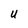
Character: U